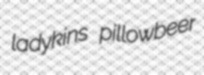
ladykins pillowbeer